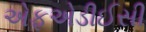
એફએડીઈસી